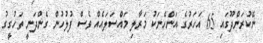
ނޭކުރަންދޫގައި 65 އަހަރުގެ އަންހެނަކު މަރާލި މައްސަލައެއް ވެސް ފުލުހުން ގެންދަނީ ތަހުގީގު